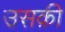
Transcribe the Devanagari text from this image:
उसक़ी